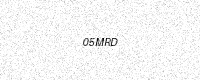
Text: 05MRD